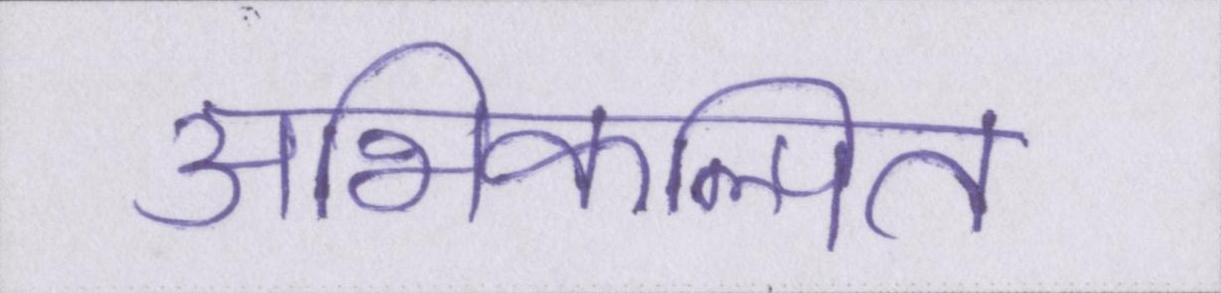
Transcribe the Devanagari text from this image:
अभिकल्पित